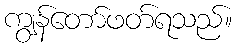
ကျွန်တော်ဖတ်ရသည်။